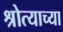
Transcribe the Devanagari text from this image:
श्रोत्याच्या